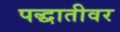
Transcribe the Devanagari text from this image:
पद्धातीवर